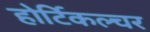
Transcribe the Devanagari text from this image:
होर्टिकल्चर